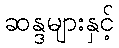
ဆန္ဒများနှင့်